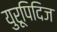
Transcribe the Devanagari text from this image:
युरूपिदिज